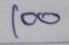
100